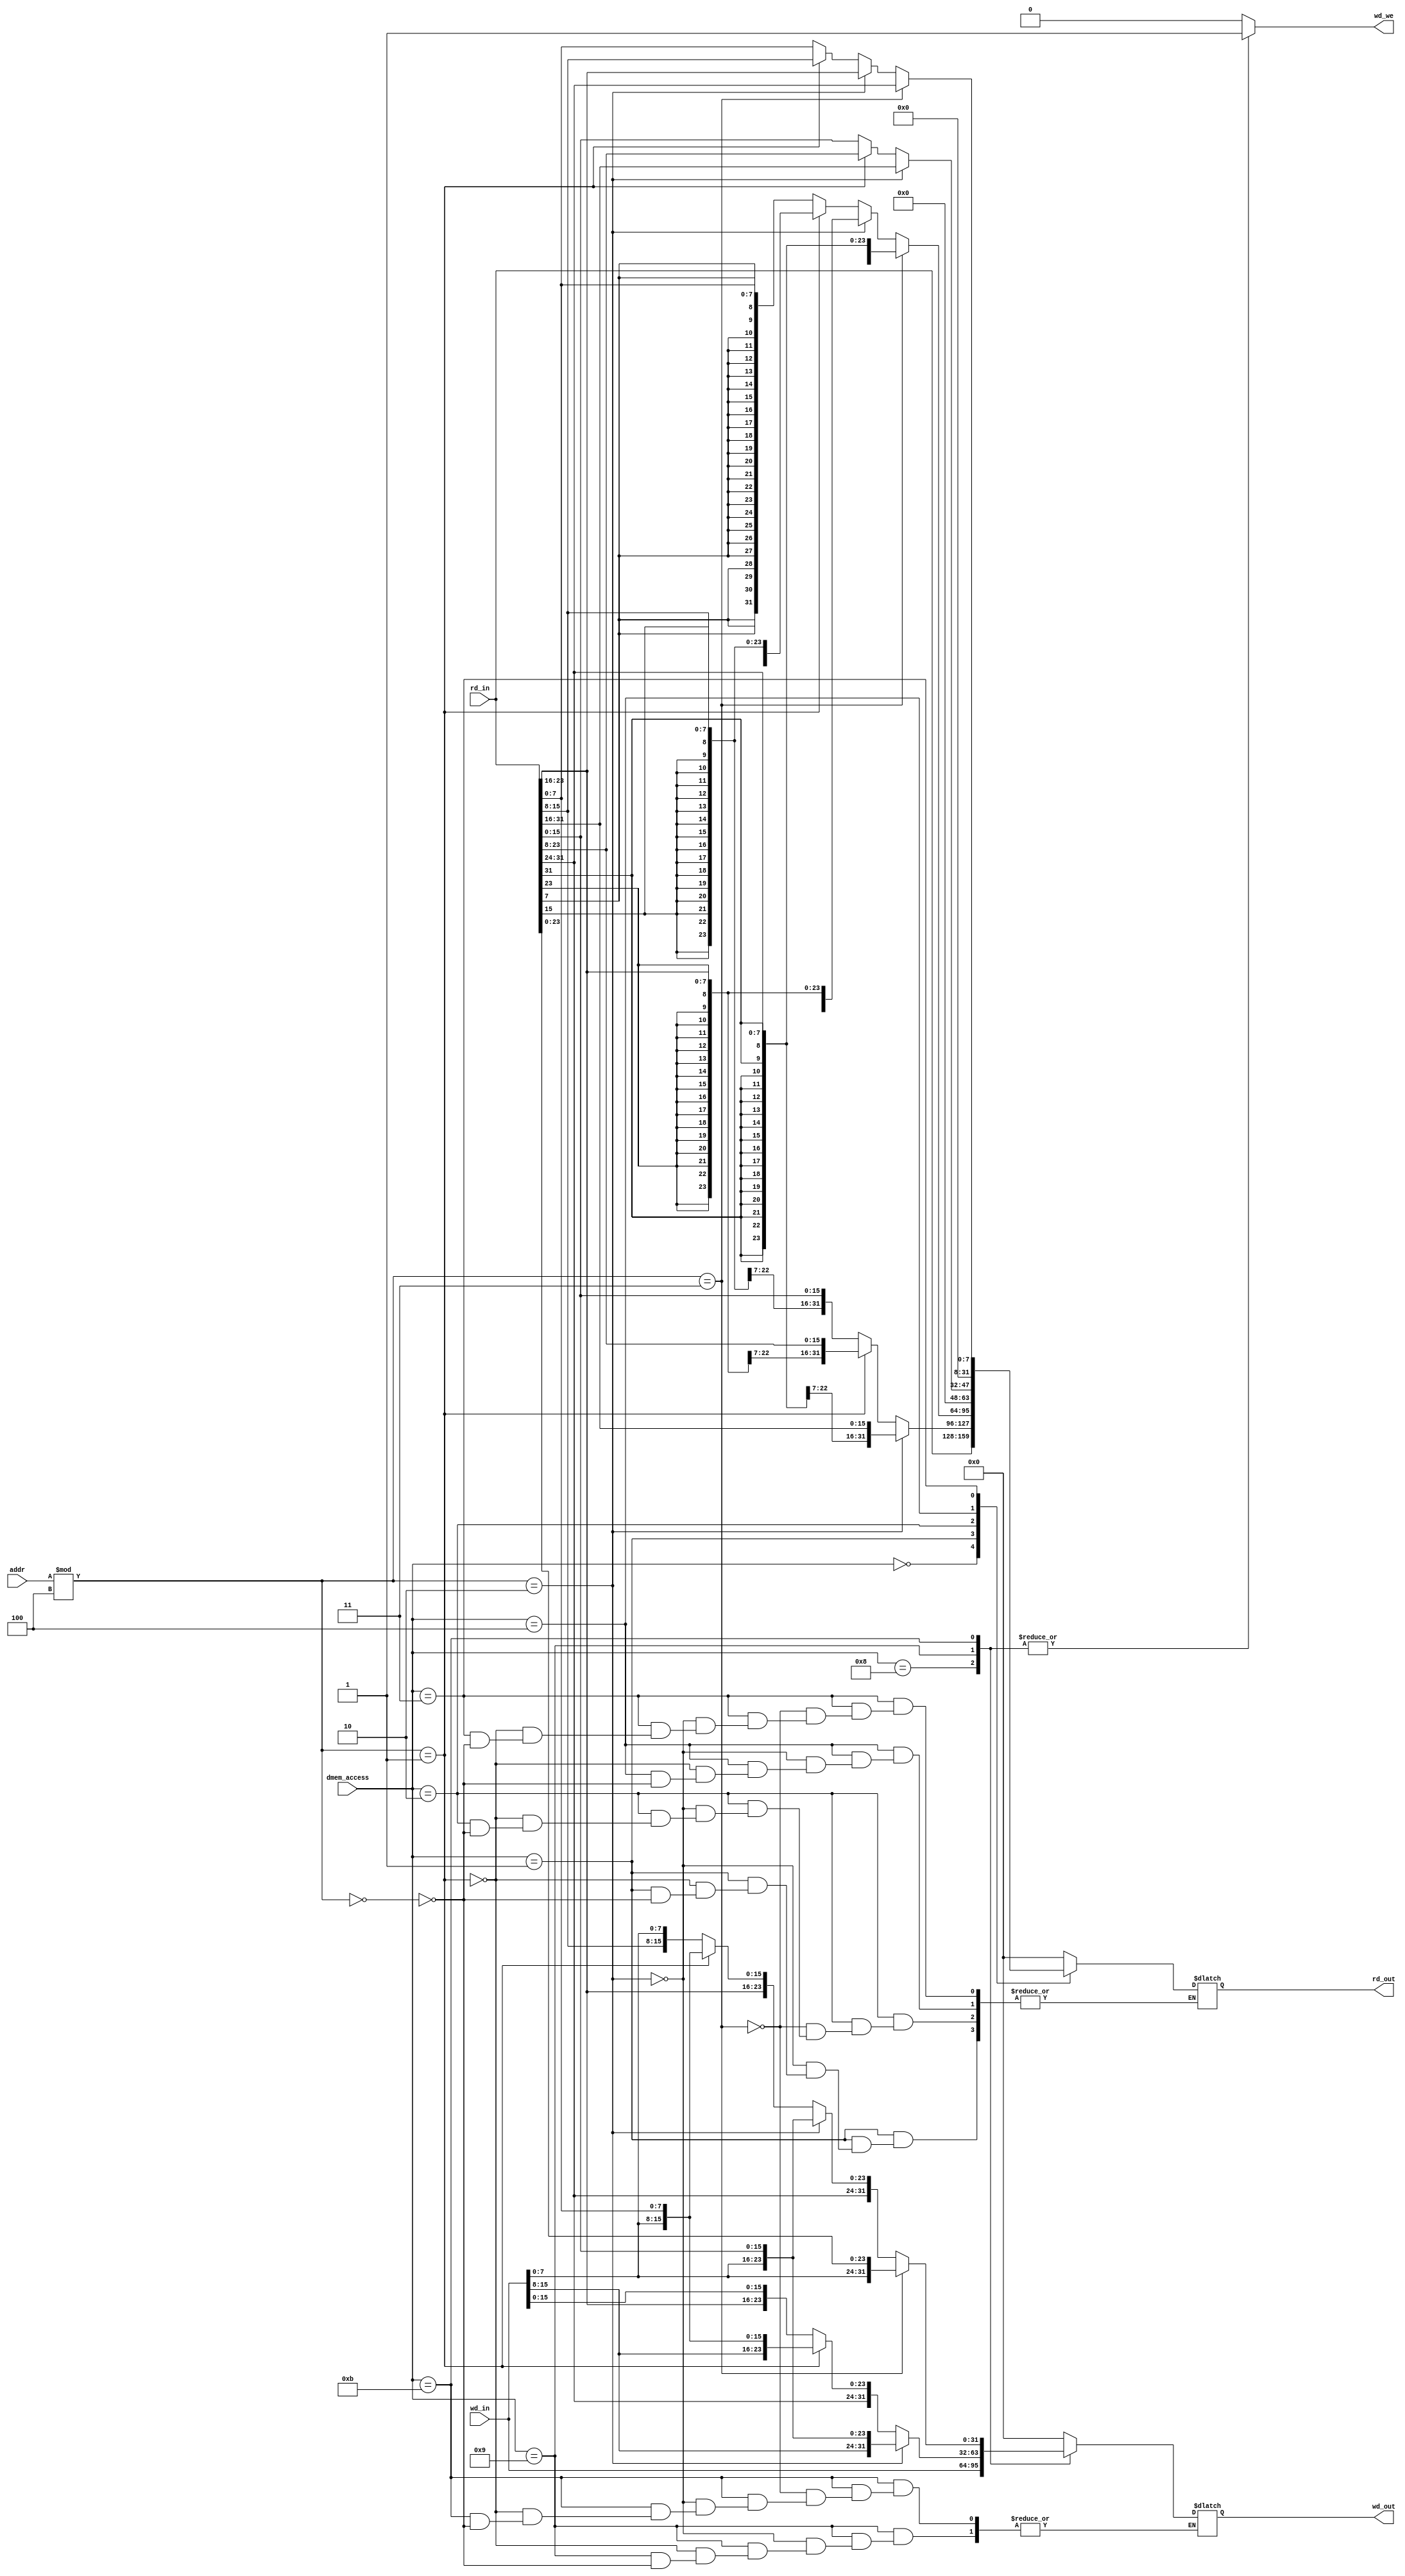
module SLU (
    input                   [31 : 0]                addr,
    input                   [ 3 : 0]                dmem_access,

    input                   [31 : 0]                rd_in,
    input                   [31 : 0]                wd_in,

    output      reg         [31 : 0]                rd_out,
    output      reg         [31 : 0]                wd_out,
    output      reg         [0:0]                   wd_we
);

`define LW      4'B0000
`define LH      4'B0001
`define LB      4'B0010
`define LHU     4'B0100
`define LBU     4'B0011
`define SW      4'B1000
`define SH      4'B1001
`define SB      4'B1011

always @(*) begin
    case (dmem_access)
        `LW:begin
            rd_out = rd_in;
            wd_out = 0;
            wd_we = 0;
        end 
        `LH:begin
            if(addr % 4 == 0)begin
                rd_out = {{16{rd_in[15]}},rd_in[15:0]};
            end
            if(addr % 4 == 1)begin
                rd_out = {{16{rd_in[23]}},rd_in[23:8]};
            end
            if(addr % 4 == 2)begin
                rd_out = {{16{rd_in[31]}},rd_in[31:16]};
            end
            wd_out = 0;
            wd_we = 0;
        end
        `LB:begin
            if(addr % 4 == 0)begin
                rd_out = {{24{rd_in[7]}},rd_in[7:0]};
            end
            if(addr % 4 == 1)begin
                rd_out = {{24{rd_in[15]}},rd_in[15:8]};
            end
            if(addr % 4 == 2)begin
                rd_out = {{24{rd_in[23]}},rd_in[23:16]};
            end
            if(addr % 4 == 3)begin
                rd_out = {{24{rd_in[31]}},rd_in[31:24]};
            end
            wd_out = 0;
            wd_we = 0;
        end
        `LHU:begin
            if(addr % 4 == 0)begin
                rd_out = {{16{1'b0}},rd_in[15:0]};
            end
            if(addr % 4 == 1)begin
                rd_out = {{16{1'b0}},rd_in[23:8]};
            end
            if(addr % 4 == 2)begin
                rd_out = {{16{1'b0}},rd_in[31:16]};
            end
            wd_out = 0;
            wd_we = 0;
        end
        `LBU:begin
            if(addr % 4 == 0)begin
                rd_out = {{24{1'b0}},rd_in[7:0]};
            end
            if(addr % 4 == 1)begin
                rd_out = {{24{1'b0}},rd_in[15:8]};
            end
            if(addr % 4 == 2)begin
                rd_out = {{24{1'b0}},rd_in[23:16]};
            end
            if(addr % 4 == 3)begin
                rd_out = {{24{1'b0}},rd_in[31:24]};
            end
            wd_out = 0; 
            wd_we = 0;          
        end
        `SW:begin
            rd_out = 0;
            wd_out = wd_in;  
            wd_we = 1;
        end
        `SH:begin
            rd_out = 0;
            if (addr % 4 == 0) begin
                wd_out = {rd_in[31:16],wd_in[15:0]};    
            end
            if (addr % 4 == 1) begin
                wd_out = {rd_in[31:24],wd_in[15:0],rd_in[7:0]};    
            end
            if (addr % 4 == 2) begin
                wd_out = {wd_in[15:0],rd_in[15:0]};    
            end
            wd_we = 1;     
        end
        `SB:begin
            rd_out = 0;
            if (addr % 4 == 0) begin
                wd_out = {rd_in[31:8],wd_in[7:0]};    
            end
            if (addr % 4 == 1) begin
                wd_out = {rd_in[31:16],wd_in[7:0],rd_in[7:0]};   
            end
            if (addr % 4 == 2) begin
                wd_out = {rd_in[31:24],wd_in[7:0],rd_in[15:0]};    
            end
            if (addr % 4 == 3) begin
                wd_out = {wd_in[7:0],rd_in[23:0]};    
            end
            wd_we = 1;         
        end
        default: begin
            rd_out = 0;
            wd_out = 0;
            wd_we = 0;
        end
    endcase
end

endmodule